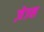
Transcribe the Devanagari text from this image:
ज़ेउस